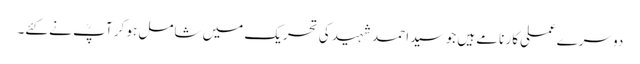
دوسرےعملی کار نامے ہیں جو سید احمد شہید کی تحریک میں شامل ہو کر آپؒ نے کئے۔